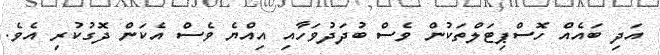
އަދި ބައެއް ހޮސްޕިޓަލްތަކުން ވެސް ބުދަދުވަހާއި އިއްޔެ ވެސް އެކަން ދޮގުކުރި އެވެ.